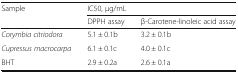
| <ROWSPAN=2> Sample | <COLSPAN=2> IC50, μg/mL |
 | DPPH assay | β-Carotene-linoleic acid assay |
 | --- | --- | --- |
 | Corymbia citriodora | 5.1 ± 0.1b | 3.2 ± 0.1b |
 | Cupressus macrocarpa | 6.1 ± 0.1c | 4.0 ± 0.1c |
 | BHT | 2.9 ± 0.2a | 2.6 ± 0.1a |